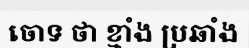
ចោទ ថា ខ្មាំង ប្រឆាំង